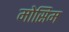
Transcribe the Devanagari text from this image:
मोसिम